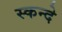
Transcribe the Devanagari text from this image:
स्कन्दे